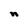
Character: n